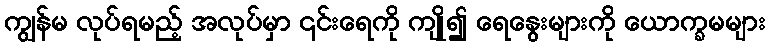
ကျွန်မ လုပ်ရမည့် အလုပ်မှာ ၎င်းရေကို ကျို၍ ရေနွေးများကို ယောက္ခမများ